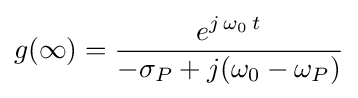
g(\infty )={\frac {e^{j\,\omega _{0}\,t}}{-\sigma _{P}+j(\omega _{0}-\omega _{P})}}